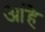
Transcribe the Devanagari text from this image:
आंहे